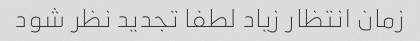
زمان انتظار زیاد لطفا تجدید نظر شود